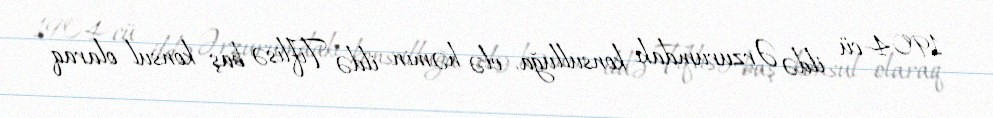
1904-cü ildə Ərzurumdakı konsulluğa, elə həmin ildə Tiflisə baş konsul olaraq